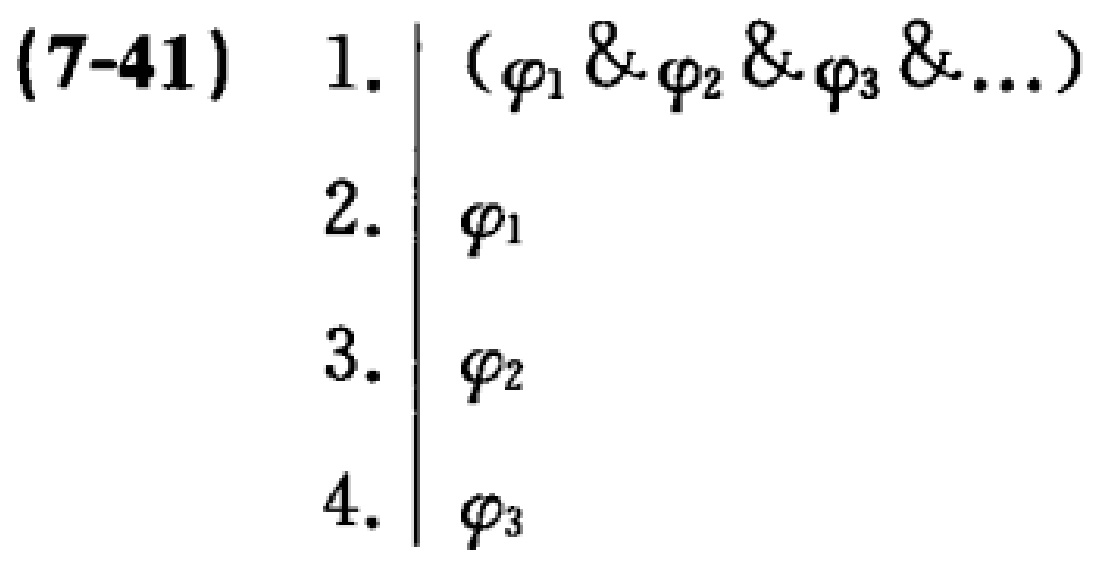
(7-41)
1. \( (\varphi_1 \& \varphi_2 \& \varphi_3 \& \ldots) \)
2. \( \varphi_1 \)
3. \( \varphi_2 \)
4. \( \varphi_3 \)